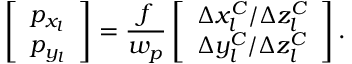
\left[ \begin{array} { l } { p _ { x _ { l } } } \\ { p _ { y _ { l } } } \end{array} \right] = \frac { f } { w _ { p } } \left[ \begin{array} { l } { \Delta x _ { l } ^ { C } / \Delta z _ { l } ^ { C } } \\ { \Delta y _ { l } ^ { C } / \Delta z _ { l } ^ { C } } \end{array} \right] .